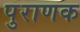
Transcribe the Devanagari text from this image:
पुराणक